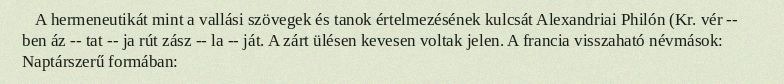
A hermeneutikát mint a vallási szövegek és tanok értelmezésének kulcsát Alexandriai Philón (Kr. vér -- ben áz -- tat -- ja rút zász -- la -- ját. A zárt ülésen kevesen voltak jelen. A francia visszaható névmások: Naptárszerű formában: